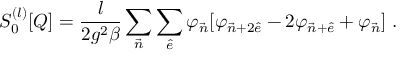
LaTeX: S _ { 0 } ^ { ( l ) } [ Q ] = { \frac { l } { 2 g ^ { 2 } \beta } } \sum _ { { \vec { n } } } \sum _ { { \hat { e } } } \varphi _ { { \vec { n } } } [ \varphi _ { { \vec { n } } + 2 { \hat { e } } } - 2 \varphi _ { { \vec { n } } + { \hat { e } } } + \varphi _ { \vec { n } } ] \; .